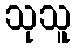
သုသူ